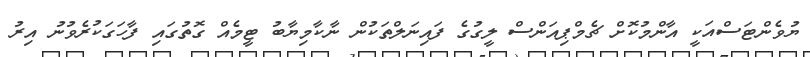
ޔުވެންޓަސްއަކީ އާންމުކޮށް ޗެމްޕިއަންސް ލީގުގެ ފައިނަލްތަކުން ނާކާމިޔާބު ޓީމެއް ގޮތުގައި ފާހަގަކުރެވުނު އިރު